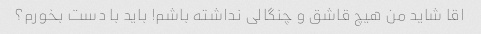
اقا شاید من هیچ قاشق و چنگالی نداشته باشم! باید با دست بخورم؟